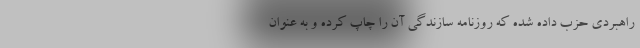
راهبردی حزب داده شده که روزنامه سازندگی آن را چاپ کرده و به عنوان